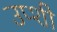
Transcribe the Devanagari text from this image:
उप्शी